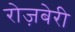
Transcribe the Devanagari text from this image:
रोज़बेरी